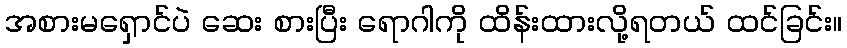
အစားမရှောင်ပဲ ဆေး စားပြီး ရောဂါကို ထိန်းထားလို့ရတယ် ထင်ခြင်း။